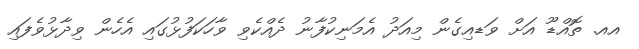
އއ. ތޮއްޑޫ އަށް ވަޑއިގެން މިއަދު އެމަނިކުފާނު ދެއްކެވި ވާހަކަފުޅުގައި އެހެން ވިދާޅުވެފައި